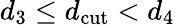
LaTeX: d_{3}\leq d_{\mathrm{cut}}<d_{4}